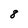
Character: 8